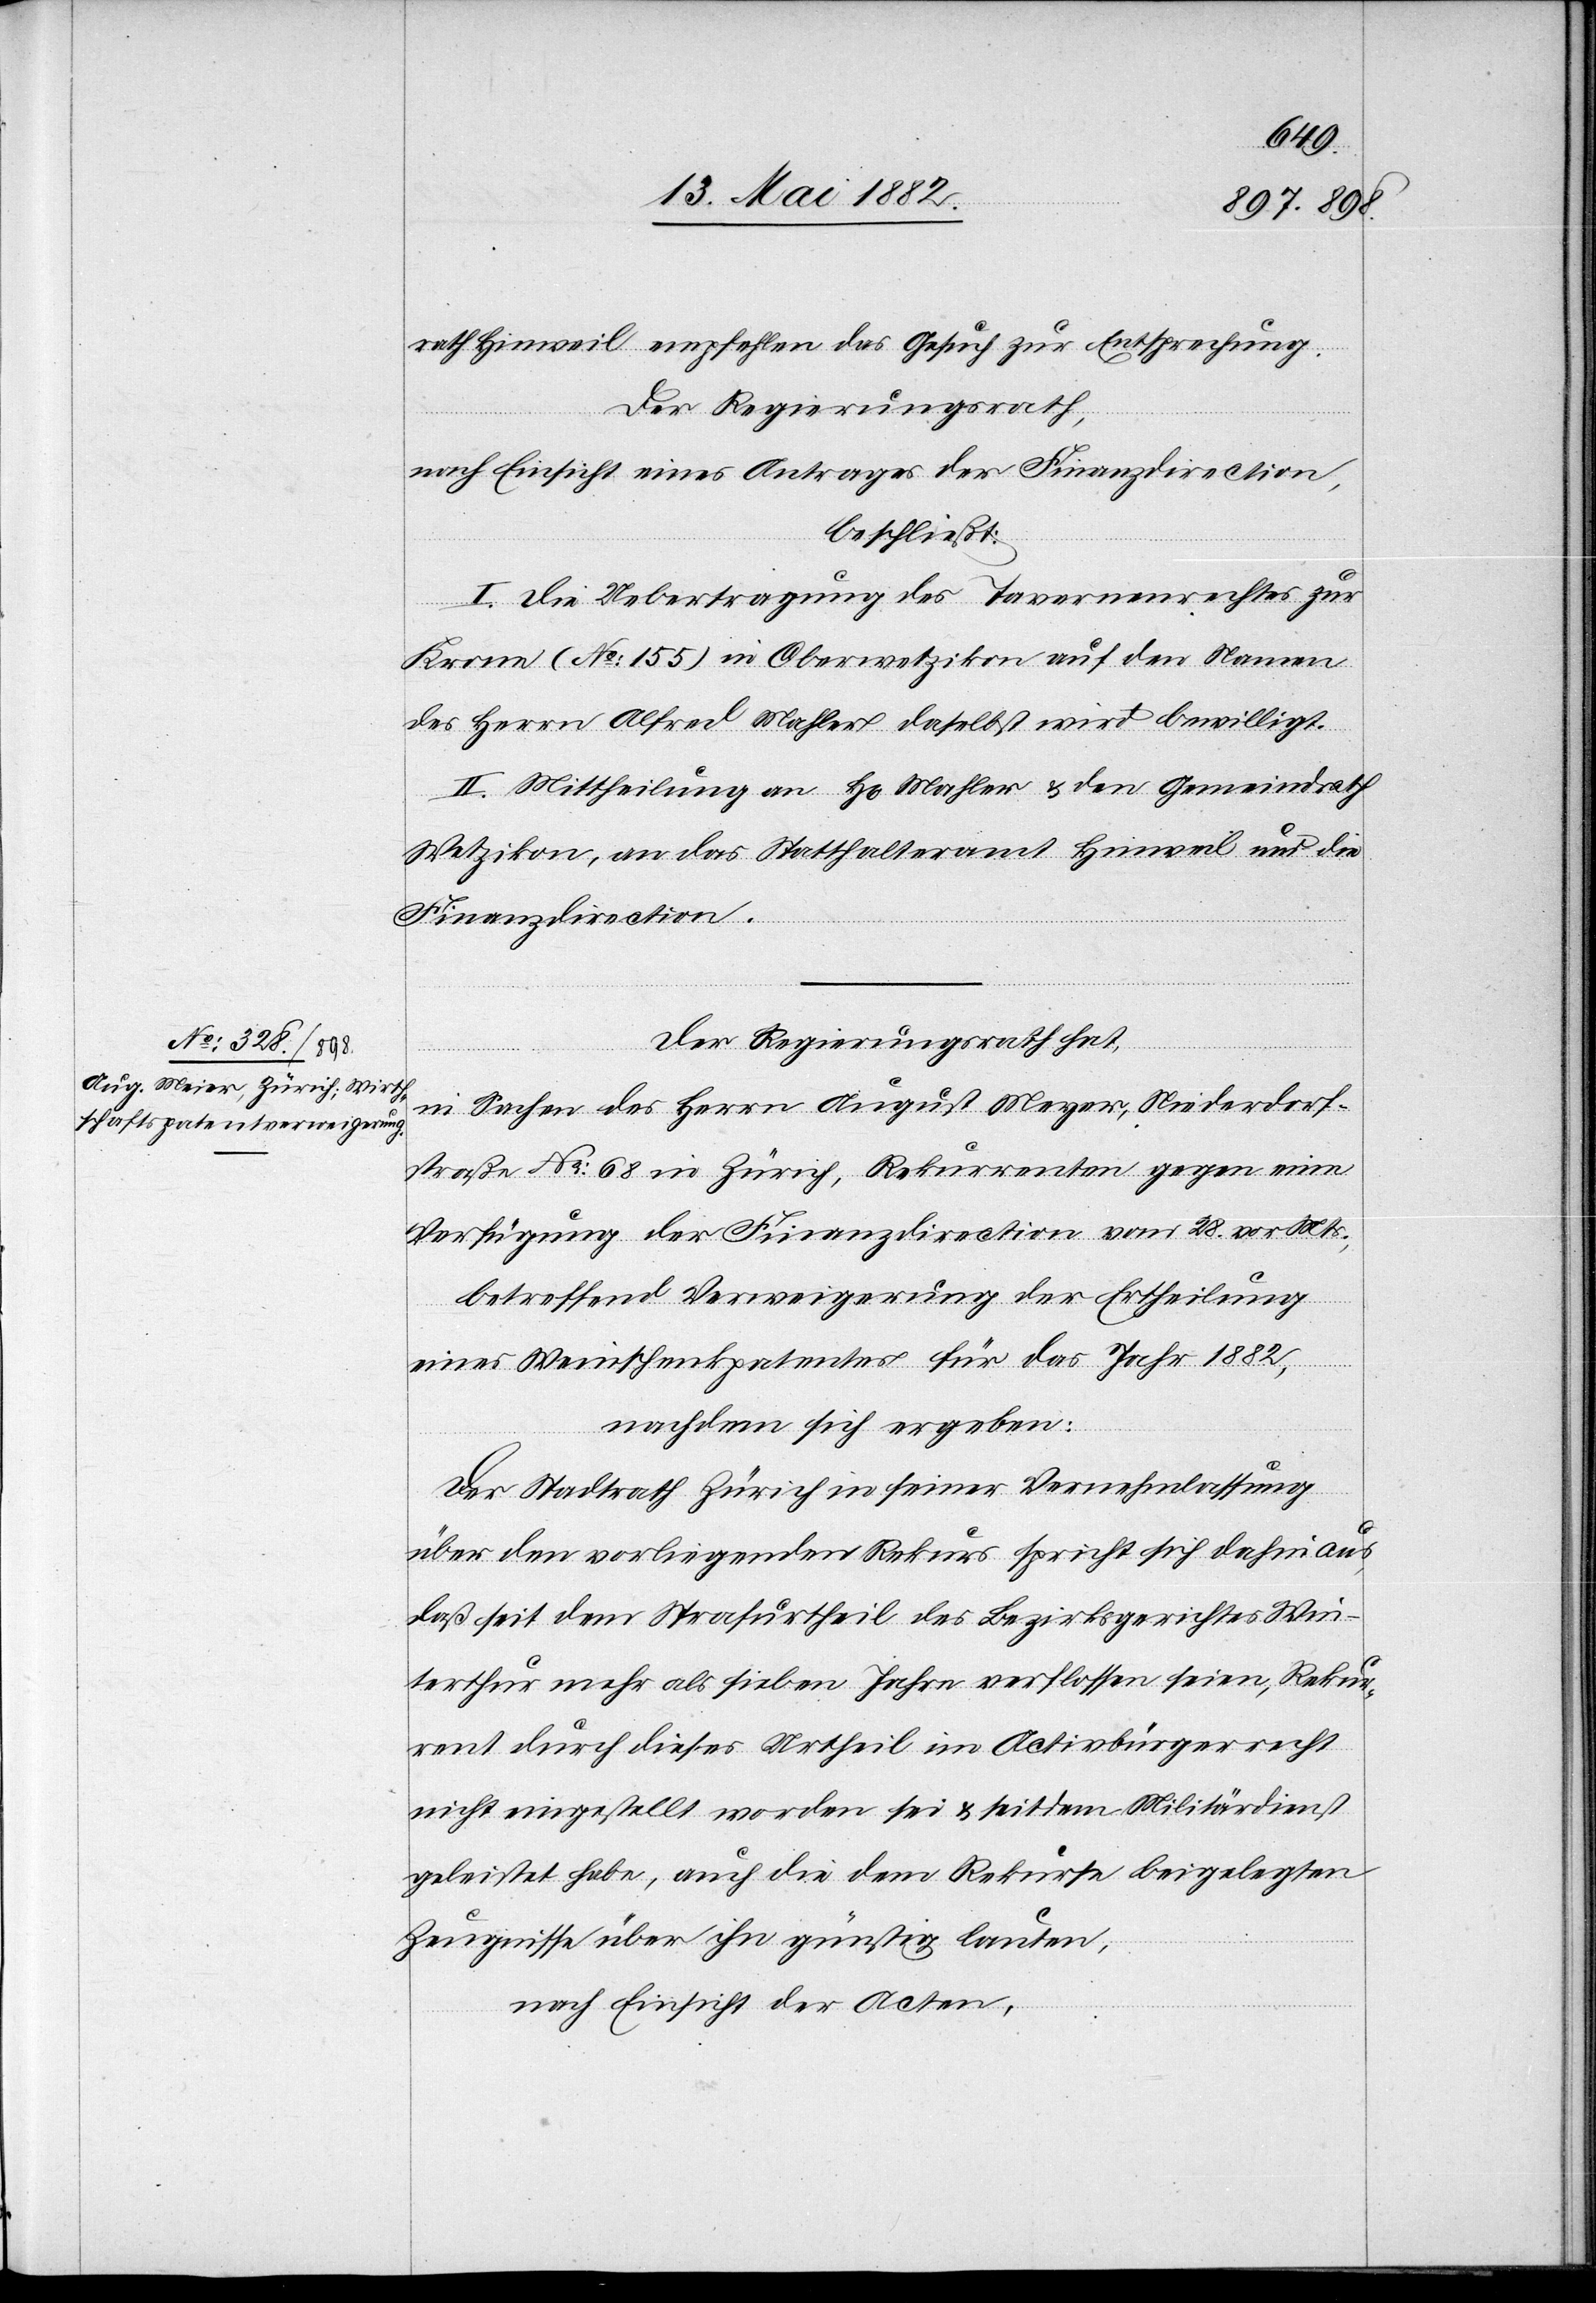
rath Hinweil empfehlen das Gesuch zur Entsprechung.
Der Regierungsrath,
nach Einsicht eines Antrages der Finanzdirection,
beschließt:
I. Die Uebertragung des Tavernenrechtes zur
Krone (No 155) in Oberwetzikon auf den Namen
des Herrn Alfred Mahler daselbst wird bewilligt.
II. Mittheilung an H[rn]. Mahler & den Gemeindrath
Wetzikon, an das Statthalteramt Hinweil und die
Finanzdirection.
Der Regierungsrath hat,
in Sachen des Herrn August Meyer [sic!], Niederdorf¬
straße No 68 in Zürich, Rekurrenten gegen eine
Verfügung der Finanzdirection vom 28. vor. Mts.
betreffend Verweigerung der Ertheilung
eines Weinschenkpatentes für das Jahr 1882,
nachdem sich ergeben:
Der Stadtrath Zürich in seiner Vernehmlassung
über den vorliegenden Rekurs spricht sich dahin aus,
daß seit dem Strafurtheil des Bezirksgerichtes Win¬
terthur mehr als sieben Jahre verflossen seien, Rekur¬
rent durch dieses Urtheil im Activbürgerrecht
nicht eingestellt worden sei & seitdem Militärdienst
geleistet habe, auch die dem Rekurse beigelegten
Zeugnisse über ihn günstig lauten,
nach Einsicht der Acten,